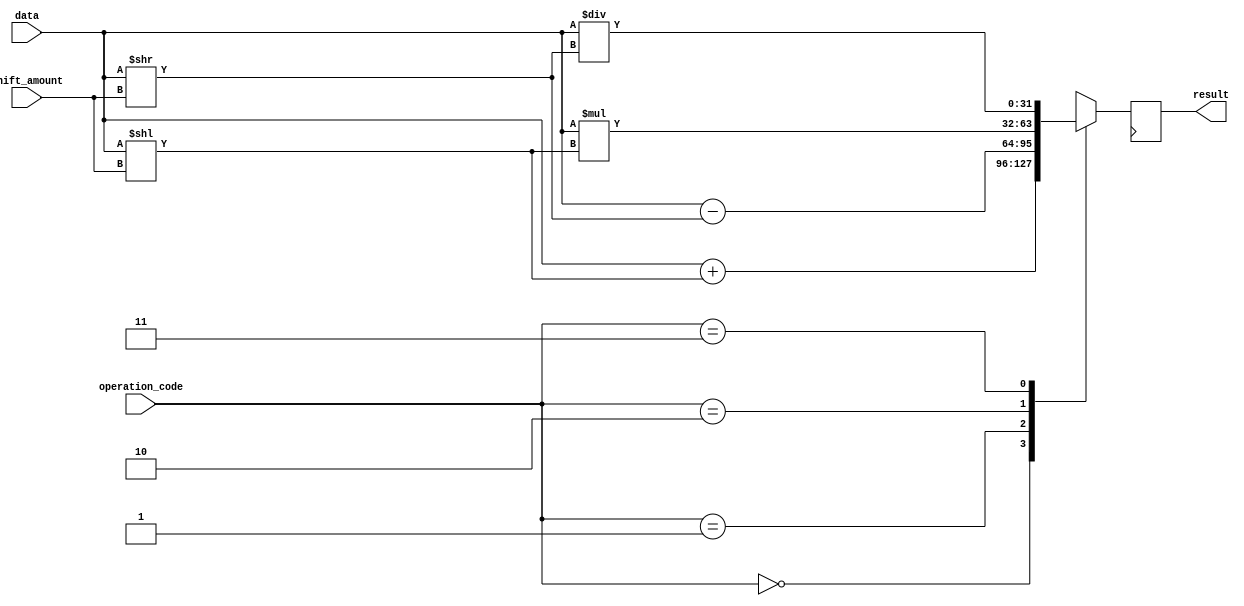
module rotating_barrel_shifter (
    input [31:0] data,
    input [4:0] shift_amount,
    input [1:0] operation_code, // 00: addition, 01: subtraction, 10: multiplication, 11: division
    output reg [31:0] result
);

reg [31:0] shifted_data;

always @ (data or shift_amount)
begin
    case(operation_code)
        2'b00: shifted_data = data + (data << shift_amount); // addition
        2'b01: shifted_data = data - (data >> shift_amount); // subtraction
        2'b10: shifted_data = data * (data << shift_amount); // multiplication
        2'b11: shifted_data = data / (data >> shift_amount); // division
        default: shifted_data = 0;
    endcase
end

always @ (posedge clk)
begin
    result <= shifted_data;
end

endmodule